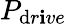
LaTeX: P_{\mathrm{d}r\mathbf{i}ve}